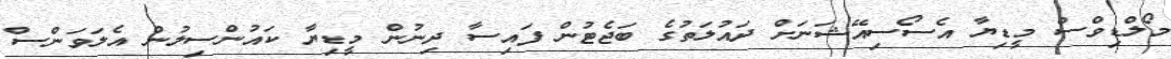
މޯލްޑިވްސް މީޑިޔާ އެސޯސިއޭޝަނަށް ދައުލަތުގެ ބަޖެޓުން ފައިސާ ދިނުން މީޑިޔާ ކައުންސިލުން އެލަވަންސް